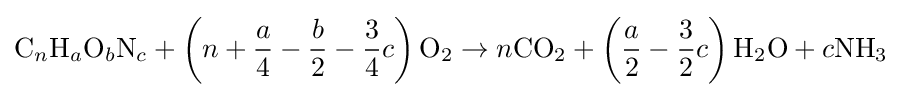
{\mbox{C}}_{n}{\mbox{H}}_{a}{\mbox{O}}_{b}{\mbox{N}}_{c}+\left(n+{\frac {a}{4}}-{\frac {b}{2}}-{\frac {3}{4}}c\right){\mbox{O}}_{2}\rightarrow n{\mbox{CO}}_{2}+\left({\frac {a}{2}}-{\frac {3}{2}}c\right){\mbox{H}}_{2}{\mbox{O}}+c{\mbox{NH}}_{3}